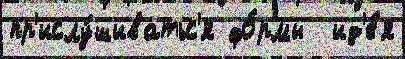
пр'ислу́шиватьс'я фо́рмы  ид'е́я